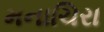
મનાચિરા